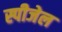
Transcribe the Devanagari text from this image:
स्पीजेल